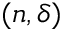
( n , \delta )